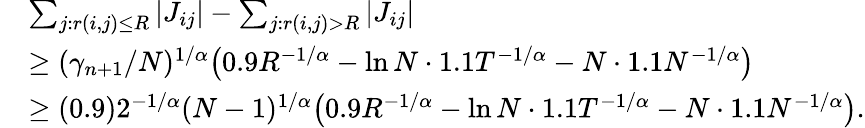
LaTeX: \begin{array}{rl}&{\sum_{j:r(i,j)\le R}|J_{ij}|-\sum_{j:r(i,j)>R}|J_{ij}|}\\ &{\ge(\gamma_{n+1}/N)^{1/\alpha}\big(0.9R^{-1/\alpha}-\ln N\cdot 1.1T^{-1/\alpha}-N\cdot 1.1N^{-1/\alpha}\big)}\\ &{\ge(0.9)2^{-1/\alpha}(N-1)^{1/\alpha}\big(0.9R^{-1/\alpha}-\ln N\cdot 1.1T^{-1/\alpha}-N\cdot 1.1N^{-1/\alpha}\big).}\end{array}